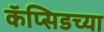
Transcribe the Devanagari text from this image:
कॅप्सिडच्या